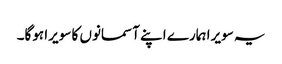
یہ سویرا ہمارے اپنے آسمانوں کا سویرا ہوگا۔